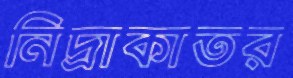
নিদ্রাকাতর